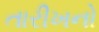
તારીખનો